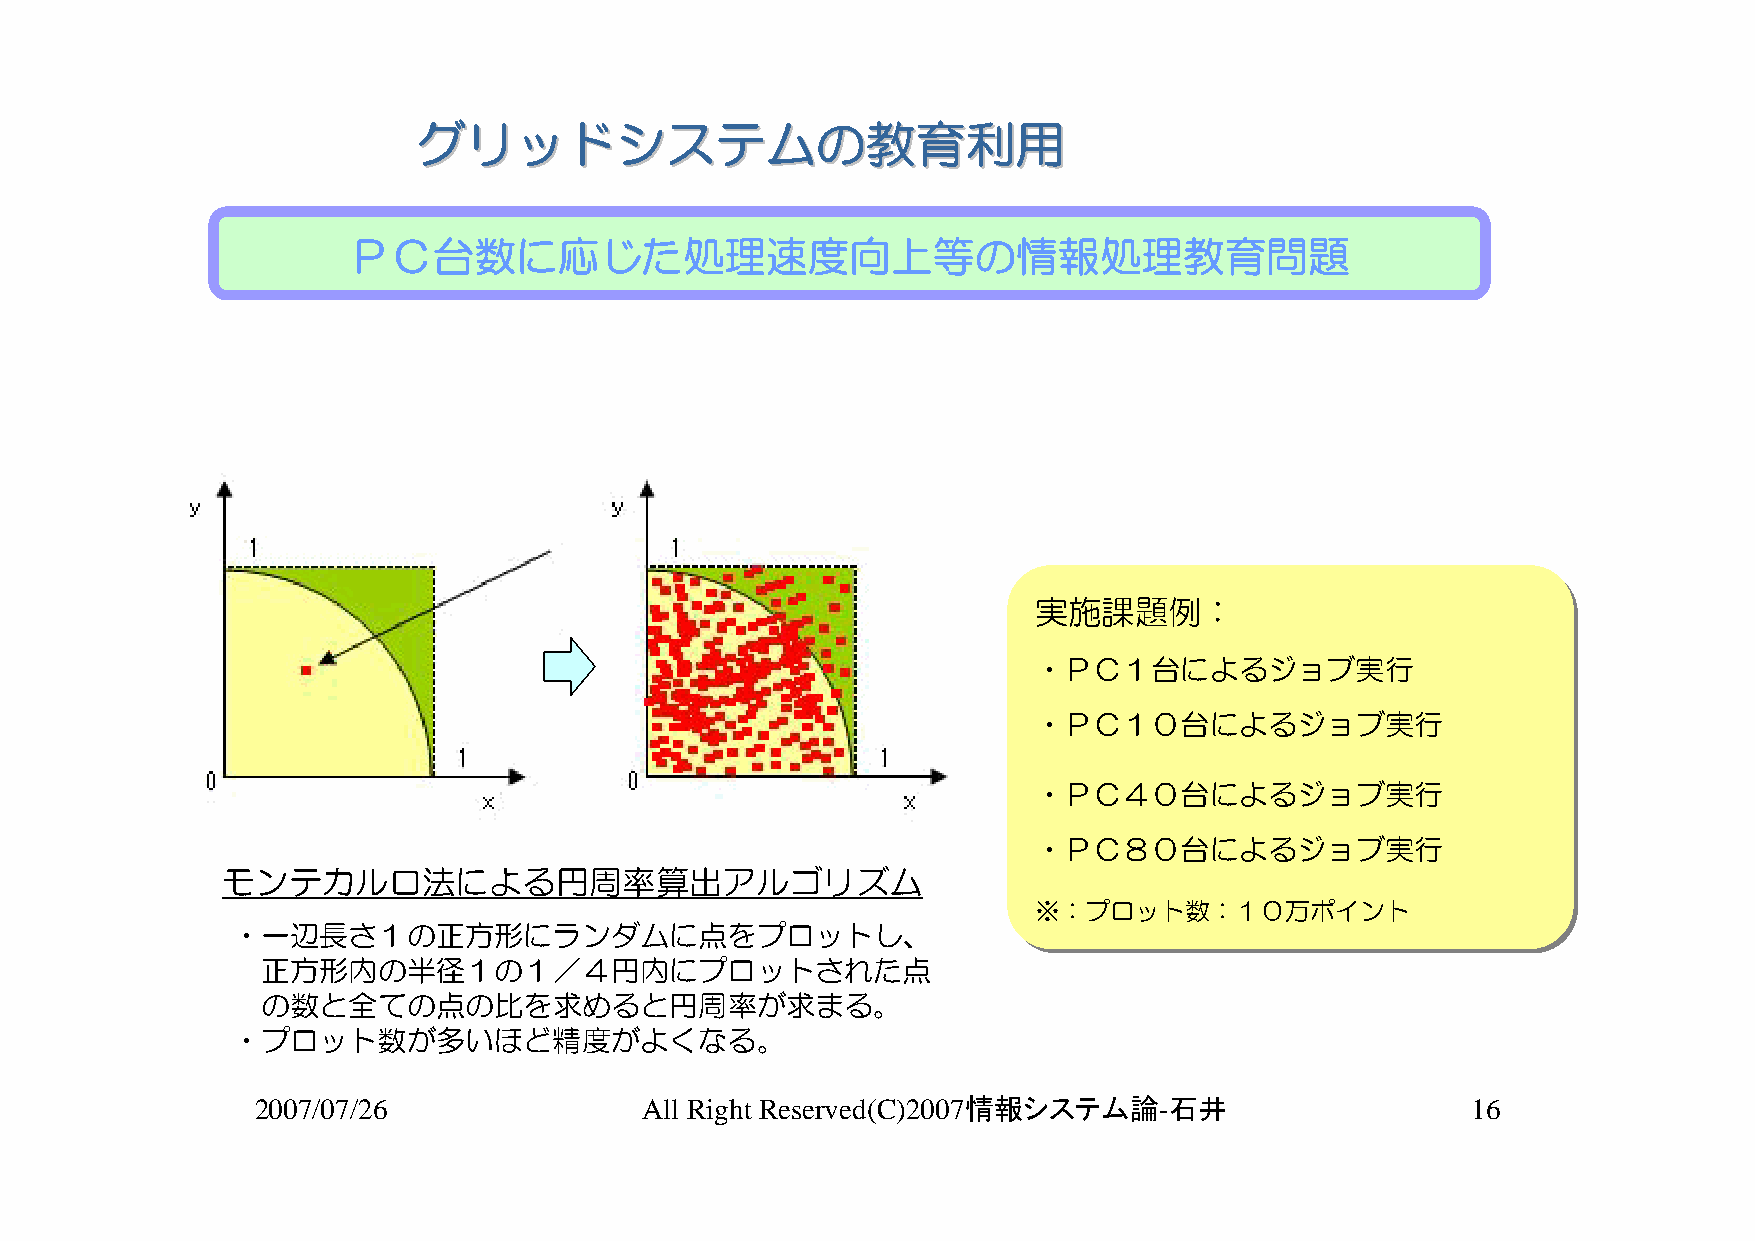
ググリリッッドドシシスステテムムのの教教育育利利用用
 ＰＣ台数に応じた処理速度向上等の情報処理教育問題
 実実施施課課題題例例：：
 ・・ＰＰＣＣ１１台台にによよるるジジョョブブ実実行行
 ・・ＰＰＣＣ１１００台台にによよるるジジョョブブ実実行行
 ・・ＰＰＣＣ４４００台台にによよるるジジョョブブ実実行行
 ・・ＰＰＣＣ８８００台台にによよるるジジョョブブ実実行行
 モンテカルロ法による円周率算出アルゴリズム
 ※※：：ププロロッットト数数：：１１００万万ポポイインントト
 ・一辺長さ１の正方形にランダムに点をプロットし、
 正方形内の半径１の１／４円内にプロットされた点
 の数と全ての点の比を求めると円周率が求まる。
 ・プロット数が多いほど精度がよくなる。
 2007/07/26               All Right Reserved(C)2007情報システム論-石井                    16